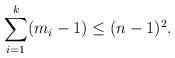
LaTeX: \begin{align*}\sum_{i=1}^k (m_i-1) \leq (n-1)^2.\end{align*}